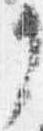
了